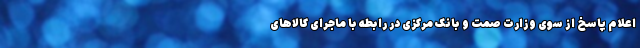
اعلام پاسخ از سوی وزارت صمت و بانک مرکزی در رابطه با ماجرای کالاهای